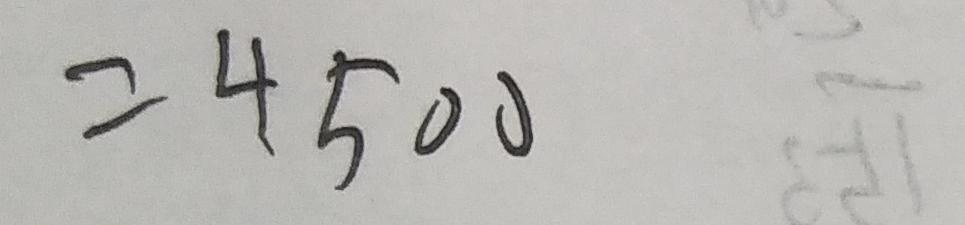
= 4 5 0 0